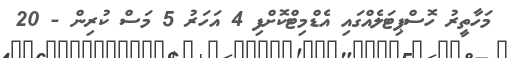
މަހާތީރު ހޮސްޕިޓަލެއްގައި އެޑްމިޓްކޮށްފި 4 އަހަރު 5 މަސް ކުރިން - 20